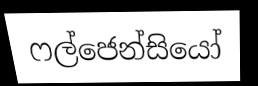
ෆල්ජෙන්සියෝ